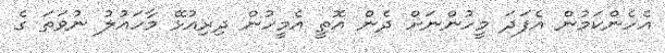
އެހެންކަމުން އެފަދަ މީހުންނަށް ދެން އޮތީ އެމީހުން ދިރިއުޅޭ މާހައުލު ނުވަތަ ގެ